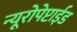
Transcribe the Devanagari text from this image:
न्यूरोपेप्टाईड